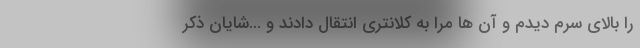
را بالای سرم دیدم و آن ها مرا به کلانتری انتقال دادند و ...شایان ذکر